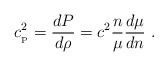
\begin{align*}c_{_{\rm P}}^2= {dP\over d\rho}= c^2{n\over \mu}{d\mu\over dn} \ . \end{align*}